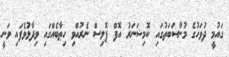
ގައުމީ ދުވަހުގެ މުނާސަބަތުގައި ކޮމިޝަނަރު އޮފް ޕޮލިސް ނެރުއްވި ހިޠާބެއްގައި ވިދާޅުވެފައި ވަނީ